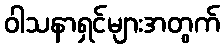
ဝါသနာရှင်များအတွက်